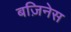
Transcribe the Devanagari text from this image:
बज़िनेस